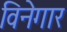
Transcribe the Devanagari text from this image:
विनेगार